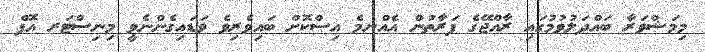
މިމަޝްވަރާ ބައްދަލުވުމުގައި ރާއްޖޭގެ ފަރާތުން އެއްނމެ އިސްކޮށް ބައިވެރިވެ ވަޑައިގެންނެވީ މިނިސްޓަރ އޮފް